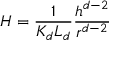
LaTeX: H = \frac { 1 } { K _ { d } L _ { d } } \frac { h ^ { d - 2 } } { r ^ { d - 2 } }